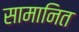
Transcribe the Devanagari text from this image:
सामानित